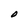
Character: O